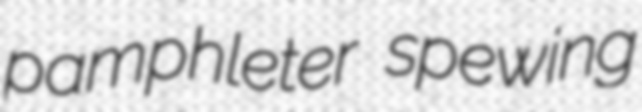
pamphleter spewing